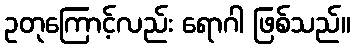
ဥတုကြောင့်လည်း ရောဂါ ဖြစ်သည်။